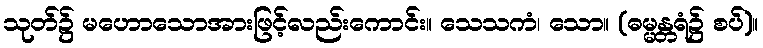
သုတ်၌ မဟောသောအားဖြင့်လည်းကောင်း။ သေသကံ၊ သော။ (ဓမ္မန္တရံ၌ စပ်)။